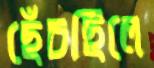
ছেঁচছিলে